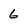
Character: 6